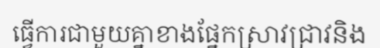
ធ្វើការជាមួយគ្នាខាងផ្នែកស្រាវជ្រាវនិង